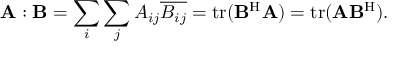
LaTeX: \mathbf { A } : \mathbf { B } = \sum _ { i } \sum _ { j } A _ { i j } { \overline { { B _ { i j } } } } = \mathrm { t r } ( \mathbf { B } ^ { \mathrm { H } } \mathbf { A } ) = \mathrm { t r } ( \mathbf { A } \mathbf { B } ^ { \mathrm { H } } ) .